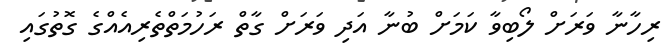
ރިހާނާ ވަރަށް ލޯބިވާ ކަމަށް ބުނާ އަދި ވަރަށް ގާތް ރަހުމަތްތެރިއެއްގެ ގޮތުގައި